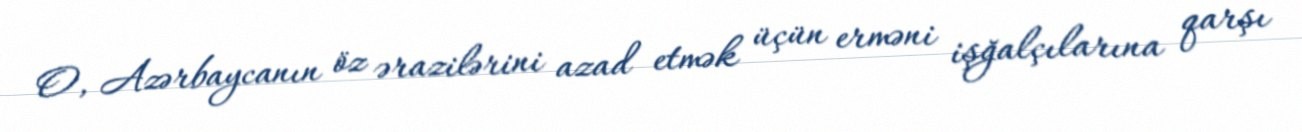
O, Azərbaycanın öz ərazilərini azad etmək üçün erməni işğalçılarına qarşı